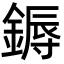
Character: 鎒